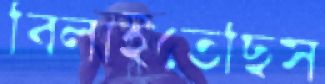
বিলাইতেছিস